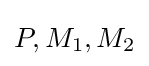
P,M_{1},M_{2}